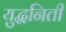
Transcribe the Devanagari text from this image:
युद्धनिती